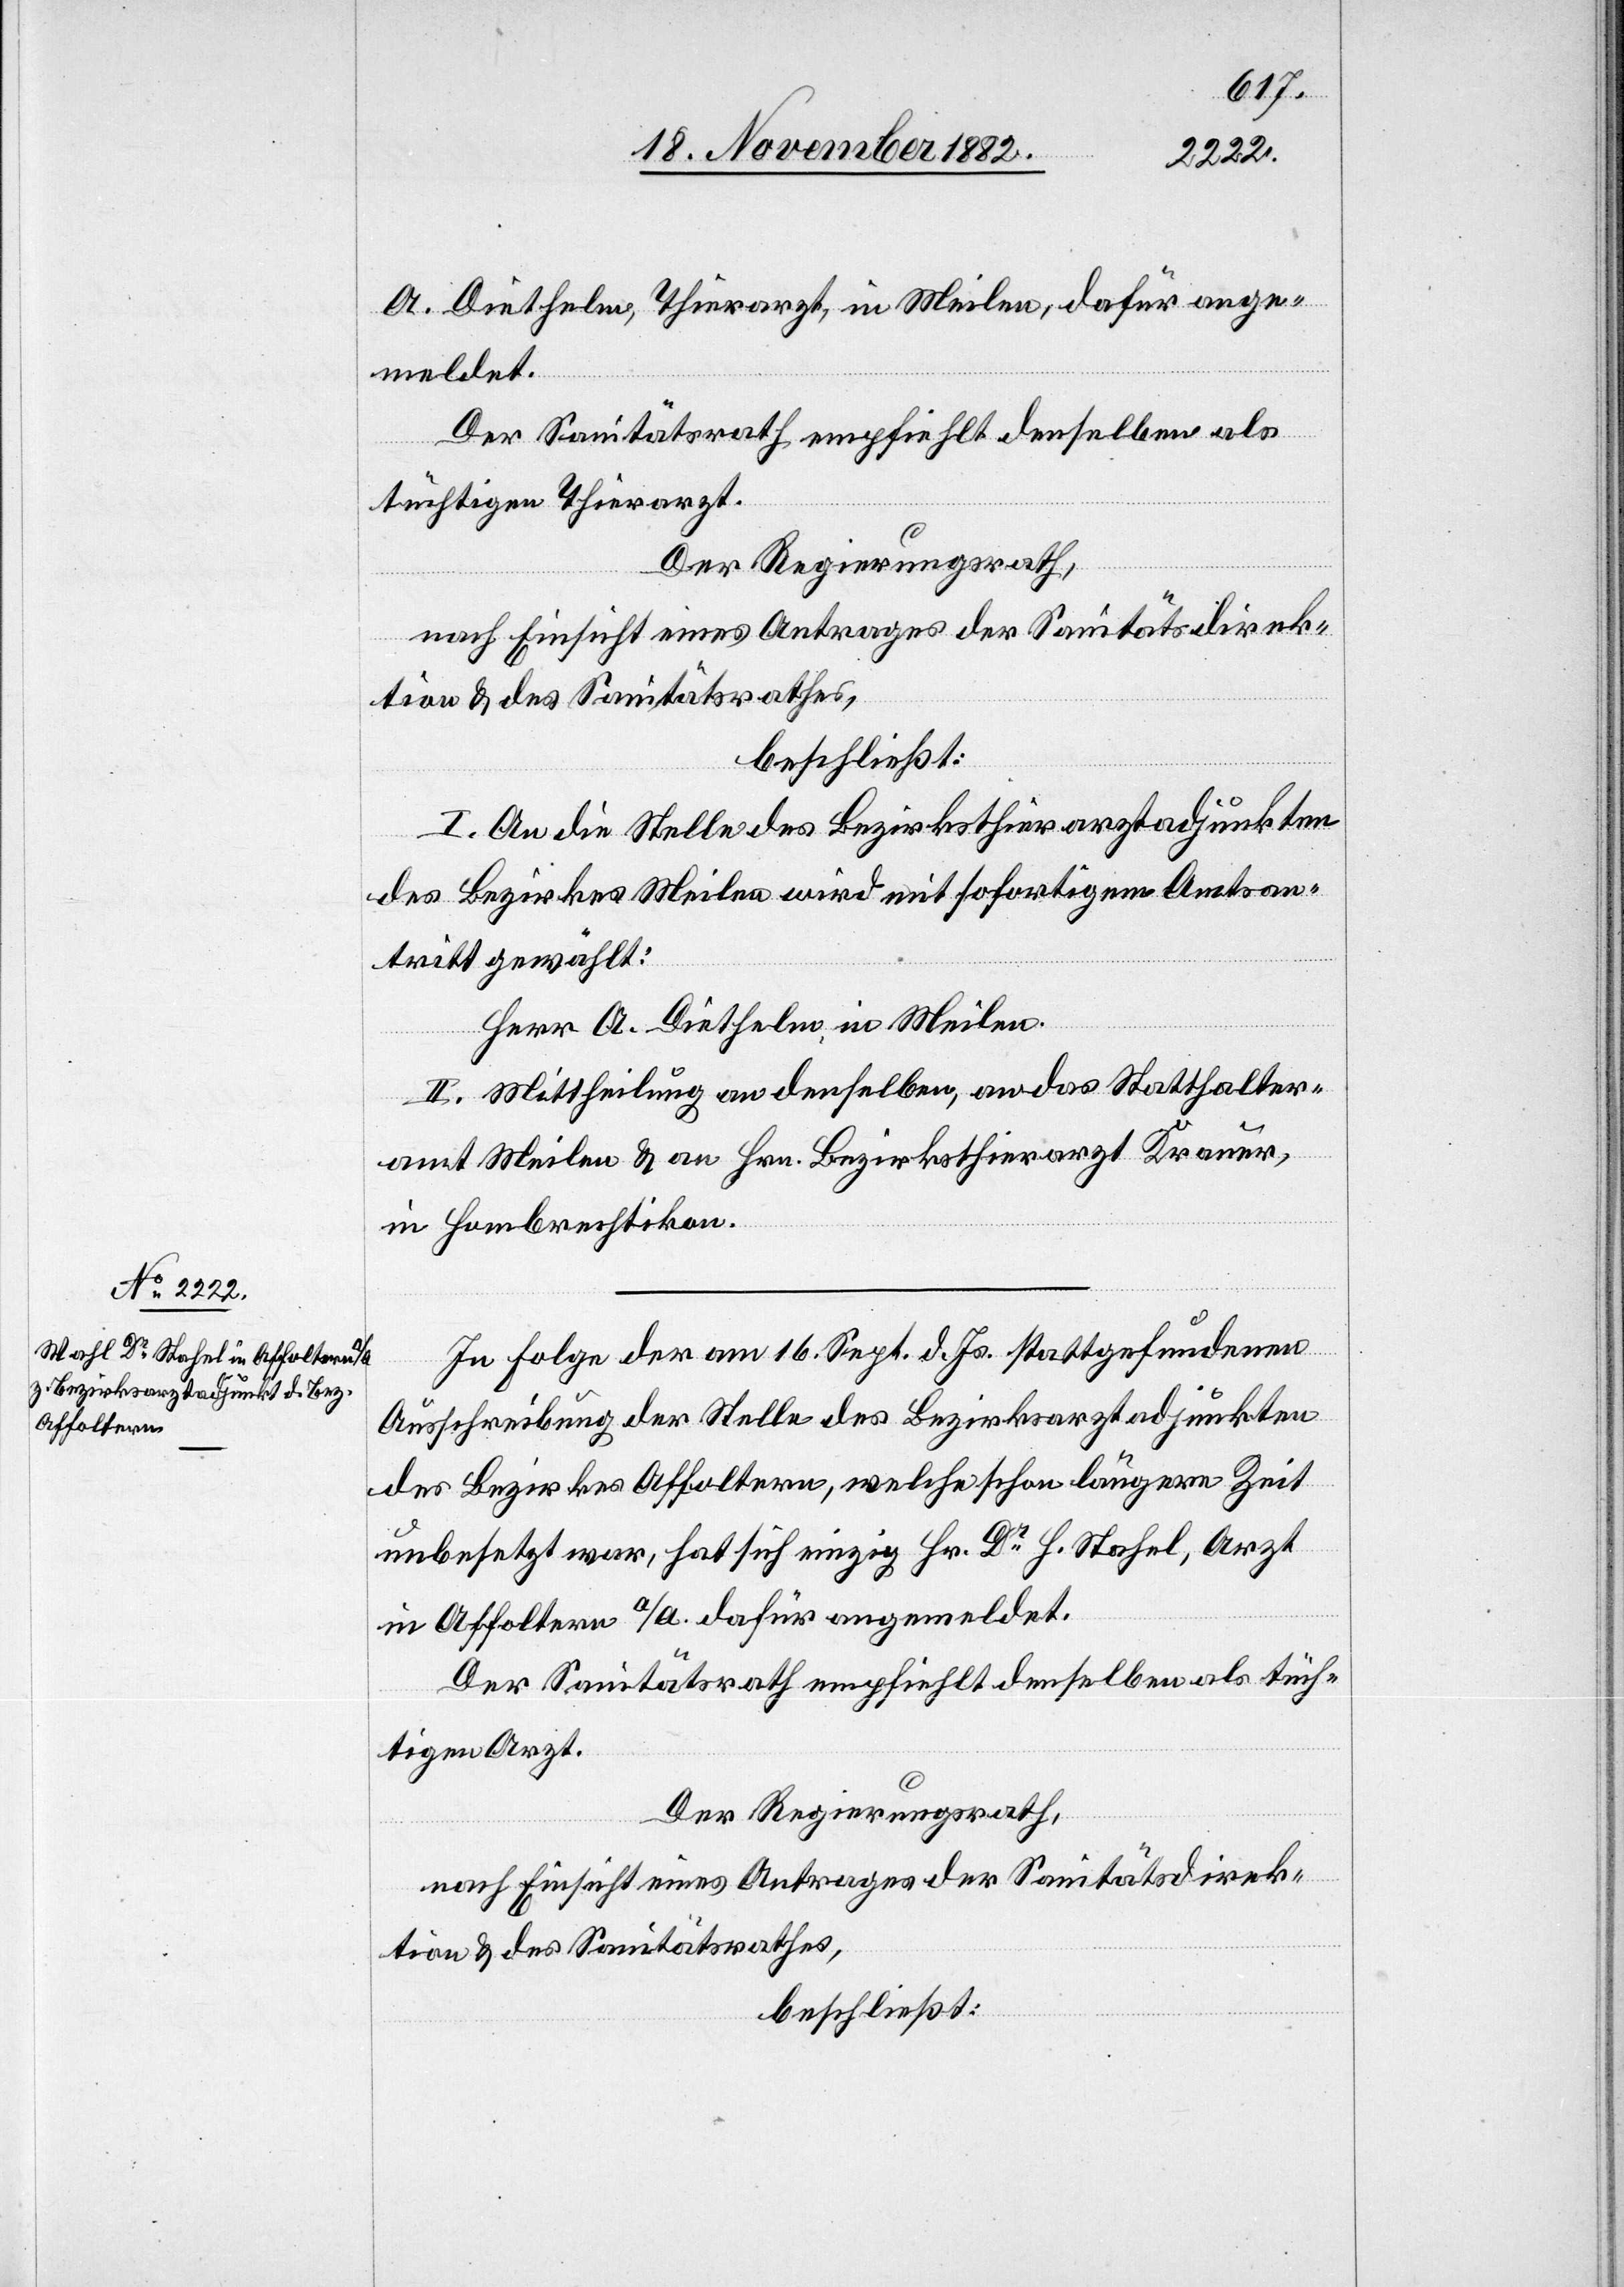
A. Diethelm, Thierarzt, in Meilen, dafür ange¬
meldet.
Der Sanitätsrath empfiehlt denselben als
tüchtigen Thierarzt.
I. Ans die Stelle des Bezirksthierarztadjunkten
des Bezirkes Meilen wird mit sofortigem Amtsan¬
tritt gewählt:
Herr A. Diethelm, in Meilen.
II. Mittheilung an denselben, an das Statthalter¬
amt Meilen & an Hrn. Bezirksthierarzt Krauer,
in Hombrechtikon.
In Folge der am 16. Sept. d. Js. stattgefundenen
Ausschreibung der Stelle des Bezirksarztadjunkten
des Bezirkes Affoltern, welche schon längere Zeit
unbesetzt war, hat sich einzig Hr. Dr H Stahel, Arzt
in Affoltern a/A. dafür angemeldet.
Der Sanitätsrath empfiehlt denselben als tüch¬
tigen Arzt.
Der Regierungsrath,
nach Einsicht eines Antrages der Sanitätsdirek¬
tion & des Sanitätsrathes,
beschließt: